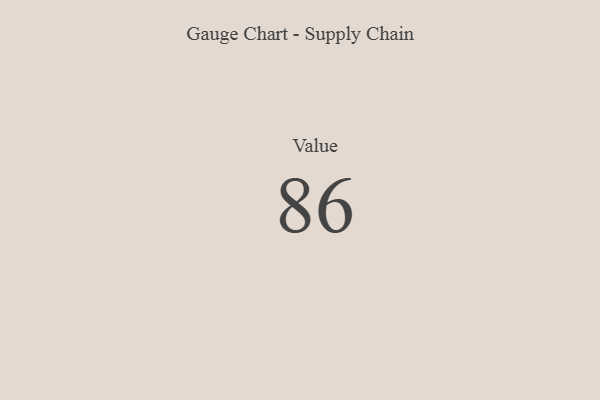
{"axis": {"x": "Metric", "y": "Value"}, "legend": [""], "data": [{"x": "Value", "y": 86, "type": ""}]}